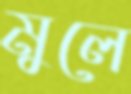
মুলে